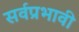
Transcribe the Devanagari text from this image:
सर्वप्रभावी